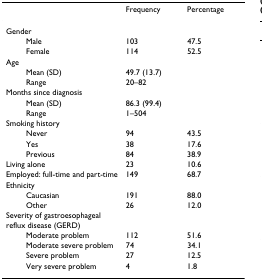
<table><thead><tr><td></td><td><b>Frequency</b></td><td><b>Percentage</b></td></tr></thead><tbody><tr><td>Gender</td><td></td><td></td></tr><tr><td>Male</td><td>103</td><td>47.5</td></tr><tr><td>Female</td><td>114</td><td>52.5</td></tr><tr><td>Age</td><td></td><td></td></tr><tr><td>Mean (SD)</td><td>49.7 (13.7)</td><td></td></tr><tr><td>Range</td><td>20–82</td><td></td></tr><tr><td>Months since diagnosis</td><td></td><td></td></tr><tr><td>Mean (SD)</td><td>86.3 (99.4)</td><td></td></tr><tr><td>Range</td><td>1–504</td><td></td></tr><tr><td>Smoking history</td><td></td><td></td></tr><tr><td>Never</td><td>94</td><td>43.5</td></tr><tr><td>Yes</td><td>38</td><td>17.6</td></tr><tr><td>Previous</td><td>84</td><td>38.9</td></tr><tr><td>Living alone</td><td>23</td><td>10.6</td></tr><tr><td>Employed: full-time and part-time</td><td>149</td><td>68.7</td></tr><tr><td>Ethnicity</td><td></td><td></td></tr><tr><td>Caucasian</td><td>191</td><td>88.0</td></tr><tr><td>Other</td><td>26</td><td>12.0</td></tr><tr><td>Severity of gastroesophageal reflux disease (GERD)</td><td></td><td></td></tr><tr><td>Moderate problem</td><td>112</td><td>51.6</td></tr><tr><td>Moderate severe problem</td><td>74</td><td>34.1</td></tr><tr><td>Severe problem</td><td>27</td><td>12.5</td></tr><tr><td>Very severe problem</td><td>4</td><td>1.8</td></tr></tbody></table>